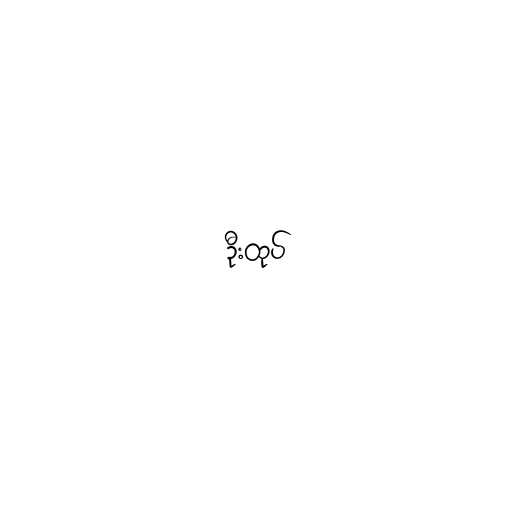
ဦးထုပ်